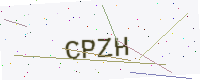
Text: CPZH